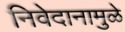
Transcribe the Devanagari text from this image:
निवेदानामुळे